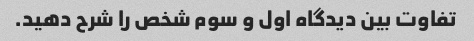
تفاوت بین دیدگاه اول و سوم شخص را شرح دهید.